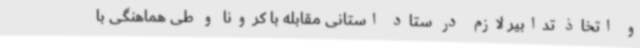
و اتخاذ تدابیر لازم در ستاد استانی مقابله با کرونا و طی هماهنگی با